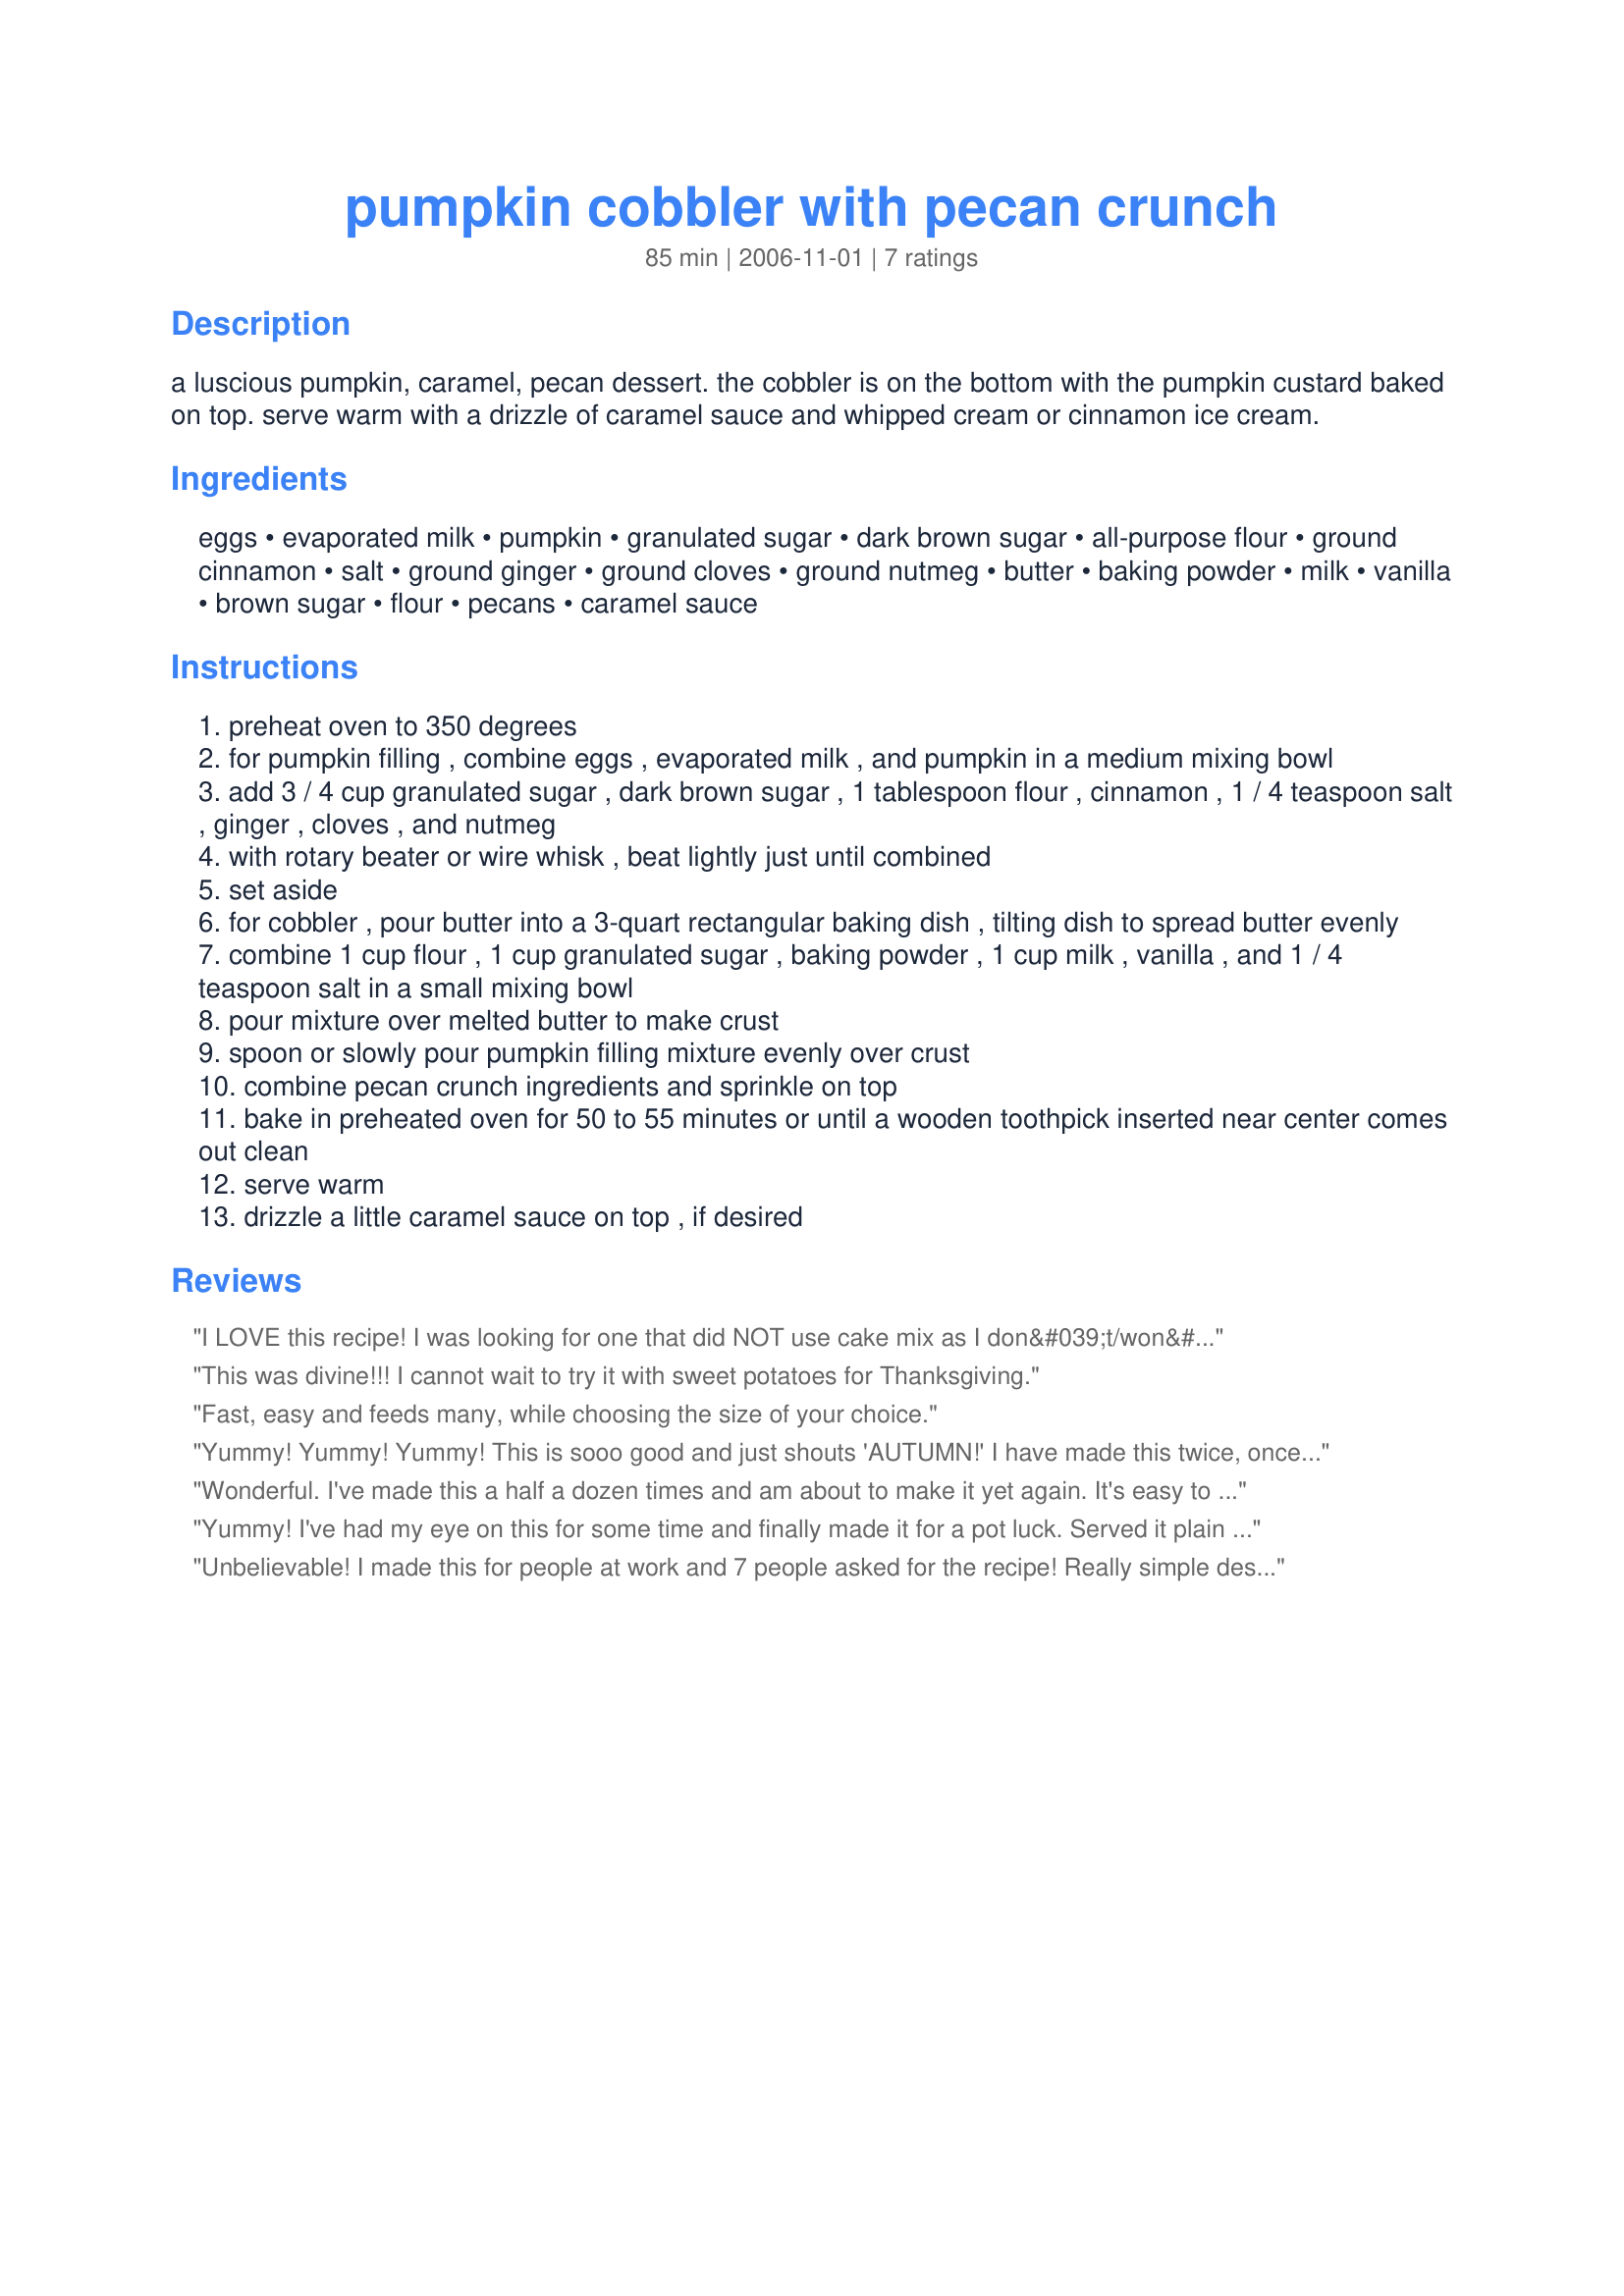
pumpkin cobbler with pecan crunch
Preparation time: 85 minutes

a luscious pumpkin, caramel, pecan dessert. the cobbler is on the bottom with the pumpkin custard baked on top. serve warm with a drizzle of caramel sauce and whipped cream or cinnamon ice cream.

Ingredients:
eggs, evaporated milk, pumpkin, granulated sugar, dark brown sugar, all-purpose flour, ground cinnamon, salt, ground ginger, ground cloves, ground nutmeg, butter, baking powder, milk, vanilla, brown sugar, flour, pecans, caramel sauce

Steps:
preheat oven to 350 degrees
for pumpkin filling , combine eggs , evaporated milk , and pumpkin in a medium mixing bowl
add 3 / 4 cup granulated sugar , dark brown sugar , 1 tablespoon flour , cinnamon , 1 / 4 teaspoon salt , ginger , cloves , and nutmeg
with rotary beater or wire whisk , beat lightly just until combined
set aside
for cobbler , pour butter into a 3-quart rectangular baking dish , tilting dish to spread butter evenly
combine 1 cup flour , 1 cup granulated sugar , baking powder , 1 cup milk , vanilla , and 1 / 4 teaspoon salt in a small mixing bowl
pour mixture over melted butter to make crust
spoon or slowly pour pumpkin filling mixture evenly over crust
combine pecan crunch ingredients and sprinkle on top
bake in preheated oven for 50 to 55 minutes or until a wooden toothpick inserted near center comes out clean
serve warm
drizzle a little caramel sauce on top , if desired

Reviews:
I LOVE this recipe! I was looking for one that did NOT use cake mix as I don&#039;t/won&#039;t use it and this is perfect! If it&#039;s just for you and hubby, you can half recipe...
This was divine!!! I cannot wait to try it with sweet potatoes for Thanksgiving.
Fast, easy and feeds many, while choosing the size of your choice.
Yummy! Yummy! Yummy! This is sooo good and just shouts 'AUTUMN!' I have made this twice, once with pumpkin and once with sweet potatoes. Everyone LOVED it!! Thanks for a lovely dish that can be used as a dessert or sidedish.
Wonderful. I've made this a half a dozen times and am about to make it yet again. It's easy to make, always comes out right and is far more exciting than plain old pumpkin pie. Thanks for the great recipe.
Yummy! I've had my eye on this for some time and finally made it for a pot luck. Served it plain and got lots of requests for the recipe. Very yummy, easy, and serves a crowd. I especially like that this doesn't version doesn't use cake mix. Some of my crust bubbled up through the pumpkin layer (not sure if this is supposed to happen) but it still tasted great. Thanks for sharing the recipe!
Unbelievable! I made this for people at work and 7 people asked for the recipe! Really simple despite what looks like a long list of ingredients. Much better than the cobblers that call for a yellow cake mix, I'll definitely make it again. Be sure to warm it up a bit before serving.
